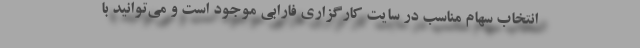
انتخاب سهام مناسب در سایت کارگزاری فارابی موجود است و می‌توانید با